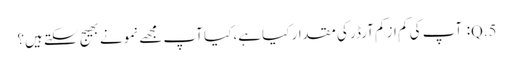
5.Q: آپ کی کم از کم آرڈر کی مقدار کیا ہے، کیا آپ مجھے نمونے بھیج سکتے ہیں؟